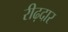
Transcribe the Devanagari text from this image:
रीढ़दार